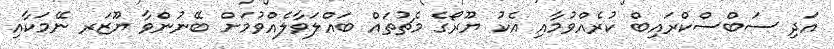
އަދި ސަބްސްކްރައިބް ކުރެއްވުމާއި އެކު ޔޫރޯގެ މެޗުތައް ބައްލަވާލެއްވުމަށް ބޭނުންވާ ޔޫޒަރ ނޭމަކާއި